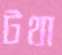
টথা